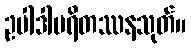
ဥပါဒါပရိတဿနသုတ်။